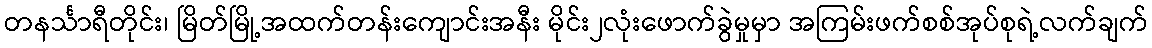
တနင်္သာရီတိုင်း၊ မြိတ်မြို့အထက်တန်းကျောင်းအနီး မိုင်း၂လုံးဖောက်ခွဲမှုမှာ အကြမ်းဖက်စစ်အုပ်စုရဲ့လက်ချက်